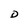
Character: D